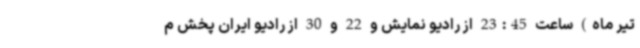
تیر ماه) ساعت 23:45 از رادیو نمایش و 22 و 30 از رادیو ایران پخش م